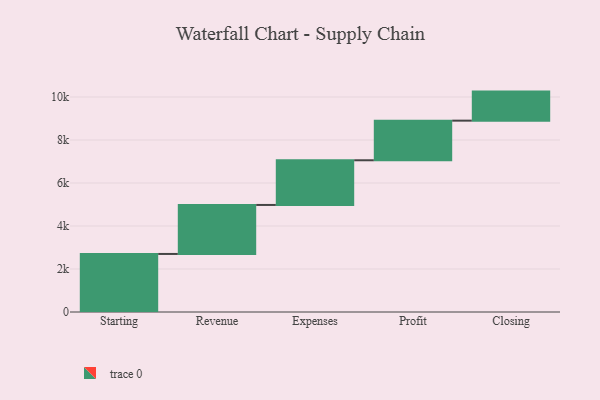
{"axis": {"x": "Step", "y": "Value"}, "legend": [""], "data": [{"x": "Starting", "y": 2700.0, "type": ""}, {"x": "Revenue", "y": 2279.0, "type": ""}, {"x": "Expenses", "y": 2078.0, "type": ""}, {"x": "Profit", "y": 1843.0, "type": ""}, {"x": "Closing", "y": 1351.0, "type": ""}]}